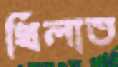
খিলাত